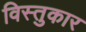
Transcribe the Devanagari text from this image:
विस्तुकार